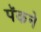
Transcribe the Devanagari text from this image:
पॅकने